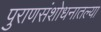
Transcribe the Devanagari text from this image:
पुराणसंशोधनातल्या